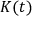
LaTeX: { \mathbf { } } K ( t )